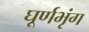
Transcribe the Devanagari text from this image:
घूर्णभृंग